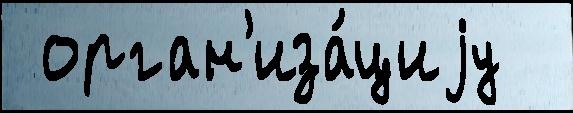
 орган'иза́циjу